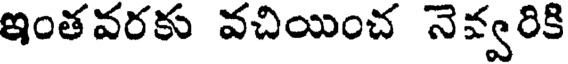
ఇంతవరకు వచియించ నెవ్వరికి